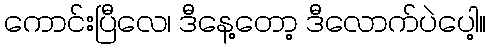
ကောင်းပြီလေ၊ ဒီနေ့တော့ ဒီလောက်ပဲပေါ့။